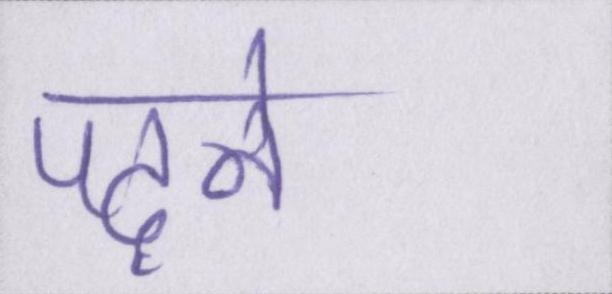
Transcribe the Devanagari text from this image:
पढ़ने